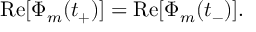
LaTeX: \mathrm { R e } [ \Phi _ { m } ( t _ { + } ) ] = \mathrm { R e } [ \Phi _ { m } ( t _ { - } ) ] .